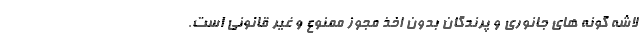
لاشه گونه های جانوری و پرندگان بدون اخذ مجوز ممنوع و غیر قانونی است.